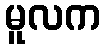
မူလက